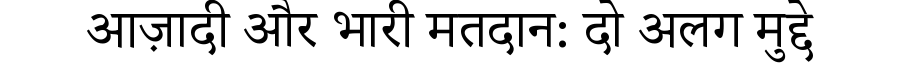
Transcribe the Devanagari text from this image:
आज़ादी और भारी मतदान: दो अलग मुद्दे